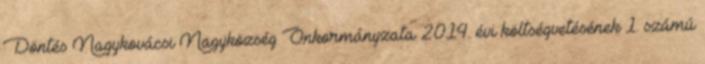
Döntés Nagykovácsi Nagyközség Önkormányzata 2014. évi költségvetésének 1. számú